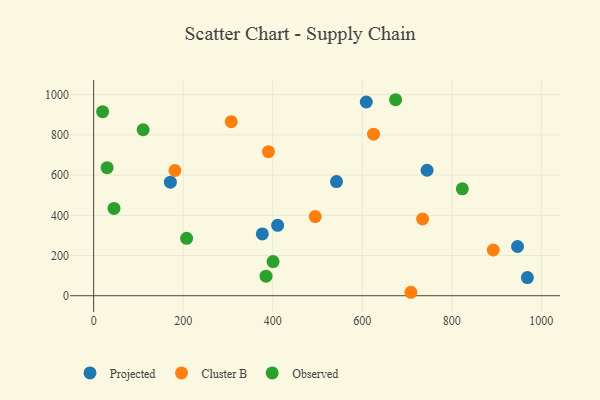
{"axis": {"x": "Investment", "y": "Rating"}, "legend": ["Cluster B", "Observed", "Projected"], "data": [{"x": "411.0", "y": 350.1, "type": "Projected"}, {"x": "376.8", "y": 307.2, "type": "Projected"}, {"x": "744.7", "y": 624.1, "type": "Projected"}, {"x": "946.8", "y": 244.8, "type": "Projected"}, {"x": "542.5", "y": 567.8, "type": "Projected"}, {"x": "171.4", "y": 564.9, "type": "Projected"}, {"x": "968.8", "y": 90.2, "type": "Projected"}, {"x": "609.0", "y": 963.5, "type": "Projected"}, {"x": "390.5", "y": 716.2, "type": "Cluster B"}, {"x": "708.6", "y": 17.2, "type": "Cluster B"}, {"x": "307.4", "y": 865.6, "type": "Cluster B"}, {"x": "734.8", "y": 381.7, "type": "Cluster B"}, {"x": "495.0", "y": 393.9, "type": "Cluster B"}, {"x": "892.6", "y": 227.5, "type": "Cluster B"}, {"x": "181.6", "y": 622.9, "type": "Cluster B"}, {"x": "625.2", "y": 803.3, "type": "Cluster B"}, {"x": "674.5", "y": 974.8, "type": "Observed"}, {"x": "110.6", "y": 825.5, "type": "Observed"}, {"x": "400.8", "y": 170.0, "type": "Observed"}, {"x": "207.7", "y": 285.5, "type": "Observed"}, {"x": "385.1", "y": 97.3, "type": "Observed"}, {"x": "45.5", "y": 434.0, "type": "Observed"}, {"x": "823.5", "y": 531.8, "type": "Observed"}, {"x": "30.1", "y": 636.7, "type": "Observed"}, {"x": "20.1", "y": 915.3, "type": "Observed"}]}